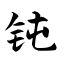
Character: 钝